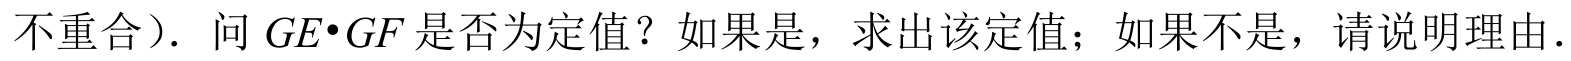
不重合）．问 \(GE\cdot GF\) 是否为定值？如果是，求出该定值；如果不是，请说明理由．